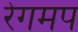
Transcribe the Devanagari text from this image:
रेगमप